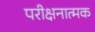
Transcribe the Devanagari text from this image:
परीक्षनात्मक